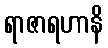
ရာဇာရဟာနိ